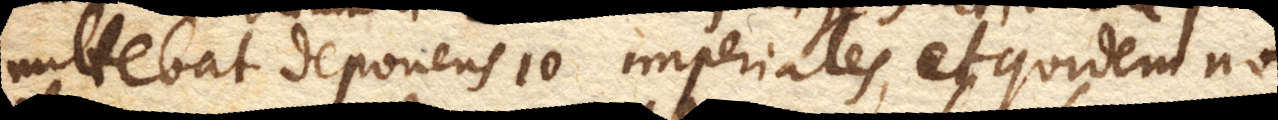
mittebat deponens 10 imperiales, et quidem non